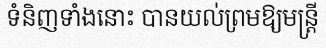
ទំនិញទាំងនោះ បានយល់ព្រមឱ្យមន្ត្រី